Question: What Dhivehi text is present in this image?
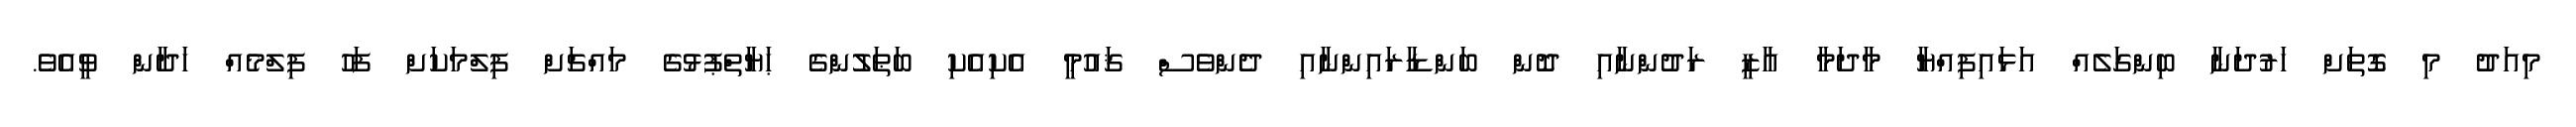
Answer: މިއަދު މި ގޮތަށް ހަރުދަނާ ބިންގަލެއް އަޅައިފިއްޔާ މާދަމާ ޣާޒީ ރަދުންނާއި ދޮން ބަންޑާރައިންނާއި ދެންވެސް ޤައުމީ އެކިއެކި ބަޠަލުންގެ ޙަޔާތްޕުޅުގެ މައްޗަށް ފިލްމަކަށް ފަހު ފިލްމެއް ހަދާން ވީއެވެ.